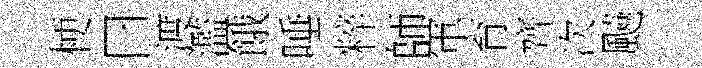
梗曰渡濫餓唾粹師軍育齊次飇